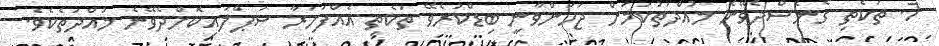
7. ތަކެތި ގެނެސްދެވޭނެ މުއްދަތުކަމަށް ޖަހަންވާނީ ބިޑްކުރެވޭ ތަކެތި އެއްފަހަރާ ސަޕްލައިކޮށްދެވޭނެ މުއްދަތެކެވެ.